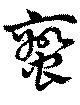
蠻